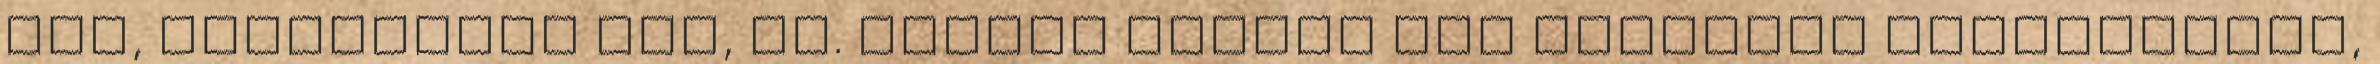
fűz, békalencse láp, tó. Ezeket sajnos nem ismerjük kellőképpen,